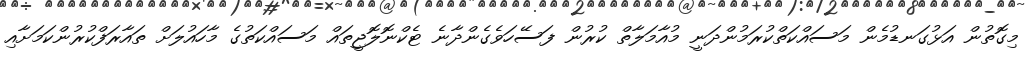
މިގޮތުން އަޅުގަނޑުމެން މަސައްކަތްކުރަމުންދަނީ މުއާމަލާތް ކުރުން ފަސޭހަވެގެންދާނެ ޓެކްނޮލޮޖީތައް މަސައްކަތުގެ މާހައުލަށް ތައާރަފްކުރުންކަމަށާއި